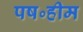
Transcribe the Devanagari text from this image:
पष॰हीम